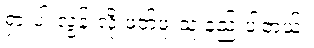
ရှားပါးလွန်းလို့ ဖတ်ဖူးသူ နည်းပါတယ်။